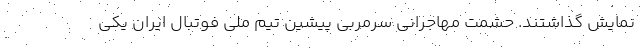
نمایش گذاشتند. حشمت مهاجرانی سرمربی پیشین تیم ملی فوتبال ایران یکی